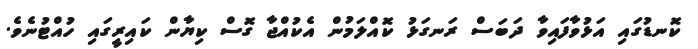
ކޮނޑުގައި އަޅުވާފައިވާ ދަބަސް ރަނގަޅު ކޮއްލަމުން އެކުއްޖާ ގޮސް ކިޔާން ކައިރީގައި ހުއްޓުނެވެ.